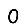
Digit: 0